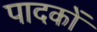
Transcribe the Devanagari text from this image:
पादकों